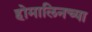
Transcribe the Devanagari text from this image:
होमालिनच्या